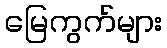
မြေကွက်များ